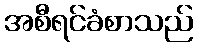
အစီရင်ခံစာသည်